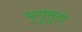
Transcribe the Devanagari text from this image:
भृगुसुतो